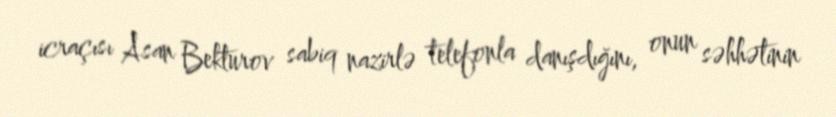
icraçısı Asan Bekturov sabiq nazirlə telefonla danışdığını, onun səhhətinin